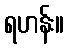
ရဟန်း။